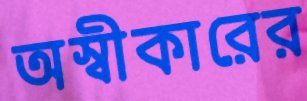
অস্বীকারের